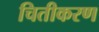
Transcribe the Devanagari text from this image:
चितीकरण